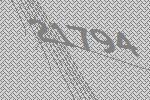
21794